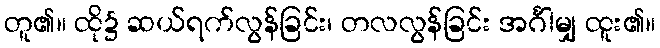
တူ၏။ ထို၌ ဆယ်ရက်လွန်ခြင်း၊ တလလွန်ခြင်း အင်္ဂါမျှ ထူး၏။